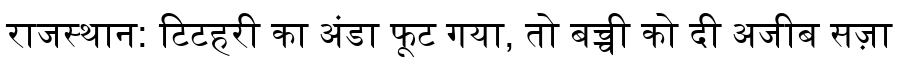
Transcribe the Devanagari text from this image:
राजस्थान: टिटहरी का अंडा फूट गया, तो बच्ची को दी अजीब सज़ा